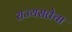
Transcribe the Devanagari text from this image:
राज्यसत्तेचा